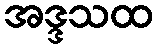
အဒ္ဒသထ